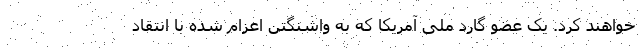
خواهند کرد. یک عضو گارد ملی آمریکا که به واشنگتن اعزام شده با انتقاد